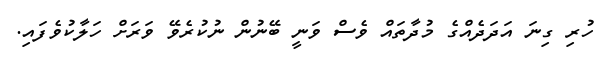
ހުރި ގިނަ އަދަދެއްގެ މުދާތައް ވެސް ވަނީ ބޭނުން ނުކުރެވޭ ވަރަށް ހަލާކުވެފައި.